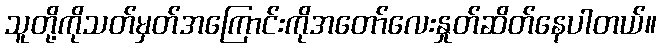
သူတို့ကိုသတ်မှတ်အကြောင်းကိုအတော်လေးနှုတ်ဆိတ်နေပါတယ်။